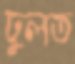
ঢুলত